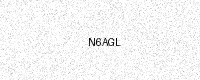
Text: N6AGL